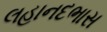
લહાનદભાસ